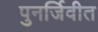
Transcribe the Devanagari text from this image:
पुनर्जिवीत